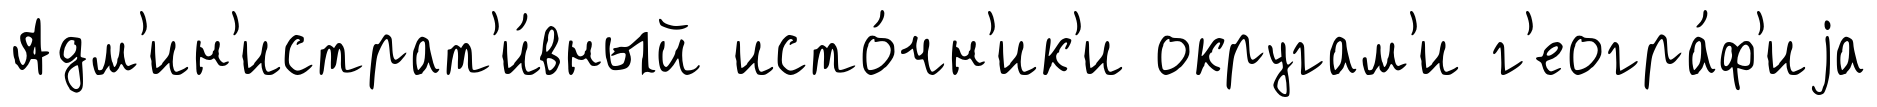
Адм'ин'истрат'и́вный исто́чн'ик'и округам'и г'еогра́ф'иjа